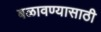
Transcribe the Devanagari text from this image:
बळावण्यासाठी